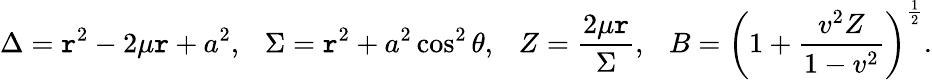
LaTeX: \Delta=\mathtt{r}^{2}-2\mu\mathtt{r}+a^{2},~~~\Sigma=\mathtt{r}^{2}+a^{2}\cos^{2}\theta,~~~Z=\frac{{2\mu\mathtt{r}}}{{\Sigma}},~~~B=\left(1+\frac{{v^{2}Z}}{{1-v^{2}}}\right)^{\frac{{1}}{{2}}}.